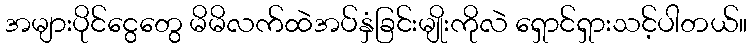
အများပိုင်ငွေတွေ မိမိလက်ထဲအပ်နှံခြင်းမျိုးကိုလဲ ရှောင်ရှားသင့်ပါတယ်။